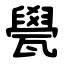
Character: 㽇